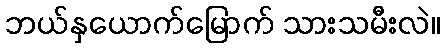
ဘယ်နှယောက်မြောက် သားသမီးလဲ။